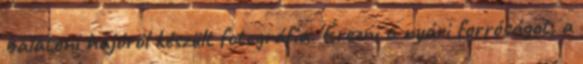
balatoni hajóról készült fotográfia. Érezni a nyári forróságot, a